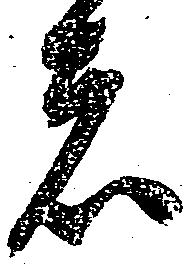
者